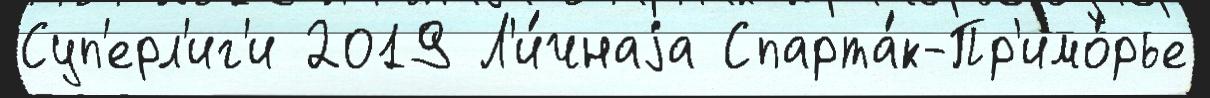
Суп'ерл'иг'и 2019 Л'и́чнаjа Спарта́к-Пр'имо́рье